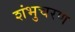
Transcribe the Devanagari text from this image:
शंभुचरण